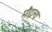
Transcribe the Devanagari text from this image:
मौद्गल्य